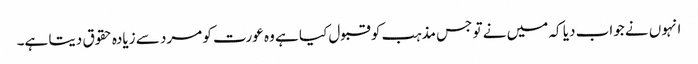
انہوں نے جواب دیا کہ میں نے تو جس مذہب کو قبول کیا ہے وہ عورت کو مرد سے زیادہ حقوق دیتا ہے۔